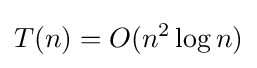
T(n)=O(n^{2}\log n)